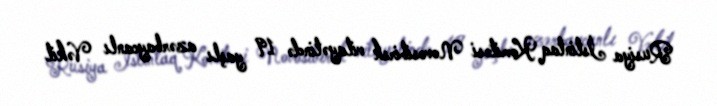
Rusiya İstintaq Komitəsi Novosibirsk vilayətində 19 yaşlı azərbaycanlı Vəkil